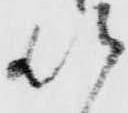
以